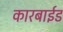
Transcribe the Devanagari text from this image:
कारबाईड